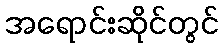
အရောင်းဆိုင်တွင်